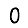
Digit: 0